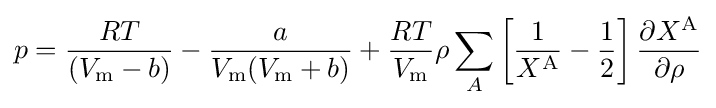
p={\frac {RT}{(V_{\mathrm {m} }-b)}}-{\frac {a}{V_{\mathrm {m} }(V_{\mathrm {m} }+b)}}+{\frac {RT}{V_{\mathrm {m} }}}\rho \sum _{A}\left[{\frac {1}{X^{\text{A}}}}-{\frac {1}{2}}\right]{\frac {\partial X^{\text{A}}}{\partial \rho }}